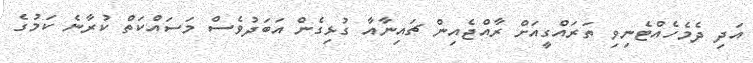
އަދި ދެމެހެއްޓެނިވި ތަރައްގީއަށް ރާއްޖެއިން ޗައިނާއާ ގުޅިގެން އަބަދުވެސް މަސައްކަތް ކުރާނެ ކަމުގެ